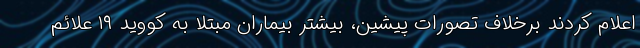
اعلام کردند برخلاف تصورات پیشین، بیشتر بیماران مبتلا به کووید ۱۹ علائم